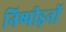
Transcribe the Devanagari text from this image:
निष्पीड़नों